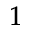
^ { 1 }